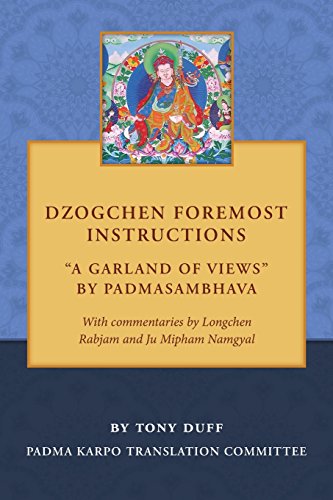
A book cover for Dzogchen Foremost Instructions, A Garland of Views; Tony Duff; Religion & Spirituality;